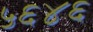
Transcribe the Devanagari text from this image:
५६४६